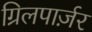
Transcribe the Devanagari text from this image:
ग्रिलपार्ज़र